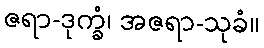
ဇရာ-ဒုက္ခံ၊ အဇရာ-သုခံ။